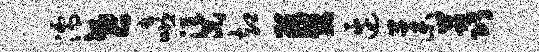
濡世嘻渠却葵边藁荔